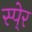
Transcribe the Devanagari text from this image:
स्पे्र